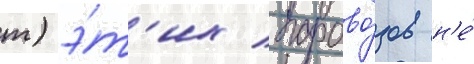
т) э́т'их парово́зов н'е́